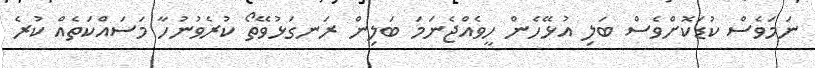
ނަމަވެސް ކުޑަކޮށްވެސް ބަލި އުޅޭހެން ހީވެއްޖެނަމަ ބަލިން ރަނގަޅުވޭތޯ ކުރެވުނުހާ މަސައްކަތެއް ކުރެ